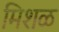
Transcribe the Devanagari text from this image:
मिशळ